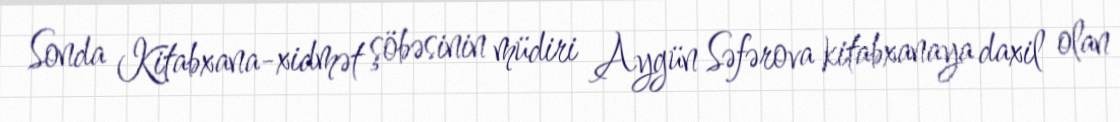
Sonda Kitabxana-xidmət şöbəsinin müdiri Aygün Səfərova kitabxanaya daxil olan